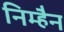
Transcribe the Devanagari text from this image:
निम्हैन